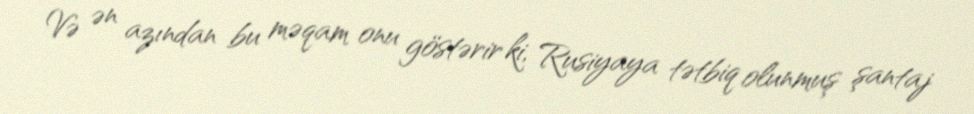
Və ən azından bu məqam onu göstərir ki, Rusiyaya tətbiq olunmuş şantaj